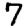
Digit: 7